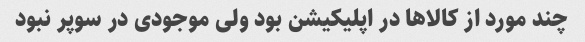
چند مورد از کالاها در اپلیکیشن بود ولی موجودی در سوپر نبود